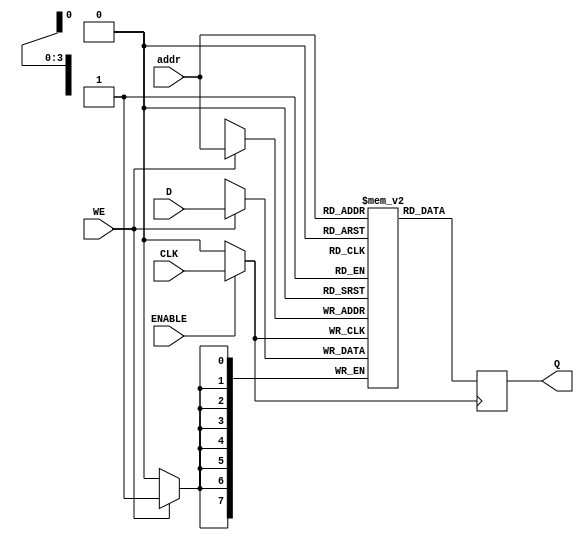
module clock_gated_memory (
    input wire CLK,          // Main clock signal
    input wire ENABLE,       // Gating control signal
    input wire [7:0] D,      // Data input
    input wire WE,           // Write enable
    input wire [3:0] addr,   // Address input
    output reg [7:0] Q       // Data output
);

    // Gated clock signal
    wire GCLK;

    // Clock gating logic
    assign GCLK = ENABLE ? CLK : 1'b0;

    // Memory storage (example: 16x8 memory block)
    reg [7:0] memory [0:15];

    // Memory operation
    always @(posedge GCLK) begin
        if (WE) begin
            memory[addr] <= D; // Write operation
        end
        Q <= memory[addr]; // Read operation
    end

endmodule